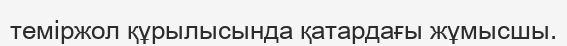
теміржол құрылысында қатардағы жұмысшы.